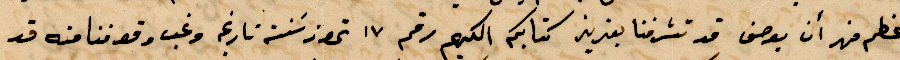
اعظم منهم ان يوصف قد تشرفنا بعزيز كتابكم اليكم رقم ١٧ تموز سنة تاريخه وغب وقوفنا منه قد